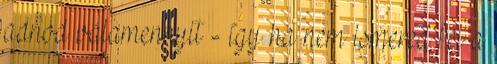
adnod valamennyit - így ha nem ismered fel a